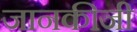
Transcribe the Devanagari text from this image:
जानकीजी